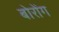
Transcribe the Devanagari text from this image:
बोरोंग